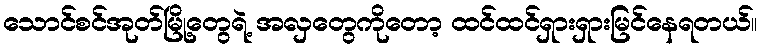
သောင်စင်အုတ်မြို့တွေရဲ့ အလှတွေကိုတော့ ထင်ထင်ရှားရှားမြင်နေရတယ်။